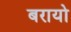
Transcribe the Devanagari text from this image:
बरायो